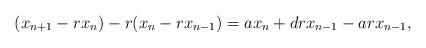
LaTeX: \begin{align*}(x_{n+1}-rx_n) -r(x_n-rx_{n-1})=ax_n+drx_{n-1}-arx_{n-1},\end{align*}